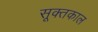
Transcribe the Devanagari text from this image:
सूक्तकाल